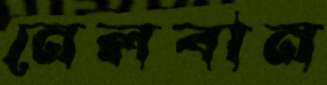
নেলবান